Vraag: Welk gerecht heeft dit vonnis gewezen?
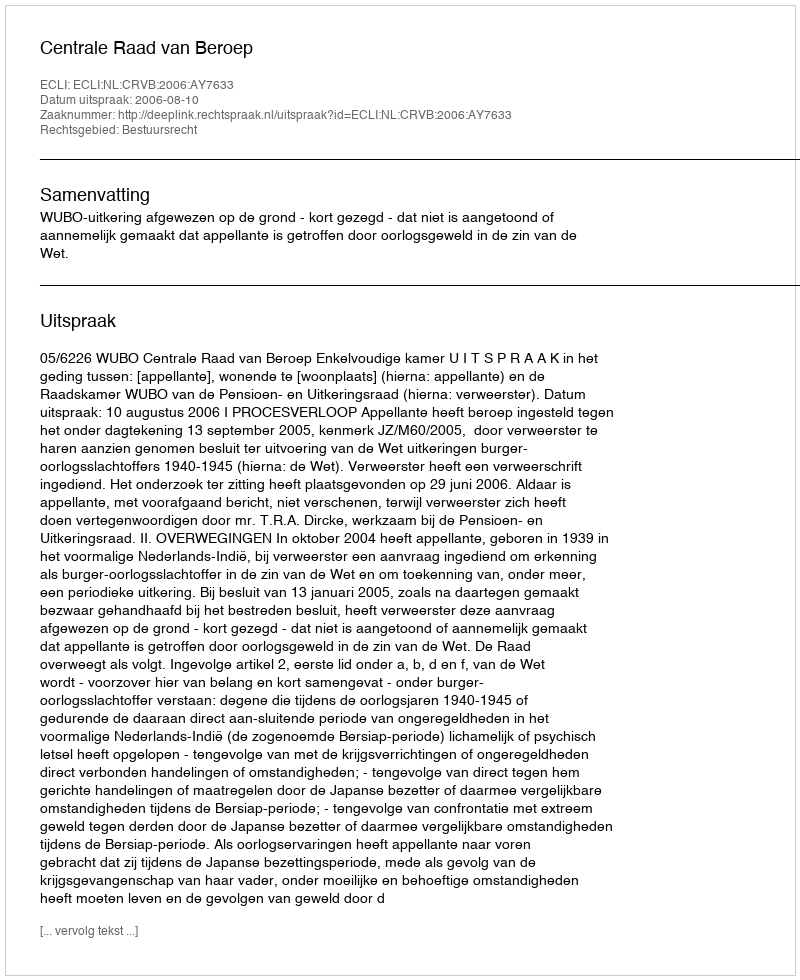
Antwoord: Centrale Raad van Beroep